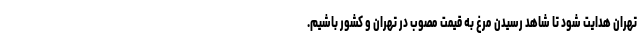
تهران هدایت شود تا شاهد رسیدن مرغ به قیمت مصوب در تهران و کشور باشیم.